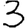
Digit: 3